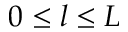
0 \leq l \leq L